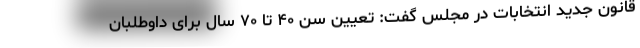
قانون جدید انتخابات در مجلس گفت: تعیین سن ۴۰ تا ۷۰ سال برای داوطلبان